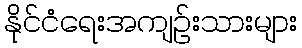
နိုင်ငံရေးအကျဉ်းသားများ